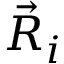
\vec { R } _ { i }